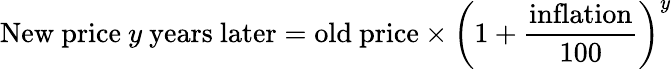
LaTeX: {\mathrm{New~price~}}y{\mathrm{~years~later}}={\mathrm{old~price}}\times\left(1+{\frac{\mathrm{inflation}}{100}}\right)^{y}